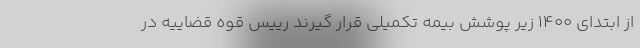
از ابتدای ۱۴۰۰ زیر پوشش بیمه تکمیلی قرار گیرند رییس قوه قضاییه در